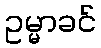
ဥမ္မာခင်